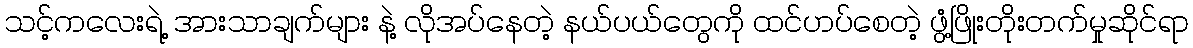
သင့်ကလေးရဲ့ အားသာချက်များ နဲ့ လိုအပ်နေတဲ့ နယ်ပယ်တွေကို ထင်ဟပ်စေတဲ့ ဖွံ့ဖြိုးတိုးတက်မှုဆိုင်ရာ